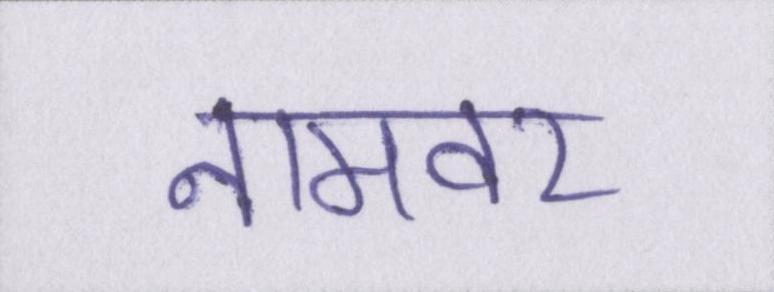
नामवर